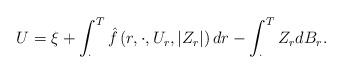
LaTeX: \begin{align*}U=\xi +\int_{\cdot}^T\hat{f}\left(r,\cdot,U_r,|Z_r|\right)dr - \int_{\cdot}^TZ_rdB_r.\end{align*}